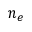
n _ { e }